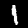
Digit: 1